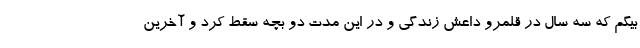
بیگم که سه سال در قلمرو داعش زندگی و در این مدت دو بچه سقط کرد و آخرین